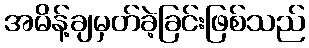
အမိန့်ချမှတ်ခဲ့ခြင်းဖြစ်သည်